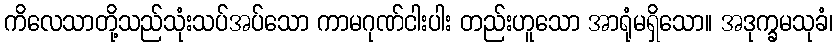
ကိလေသာတို့သည်သုံးသပ်အပ်သော ကာမဂုဏ်ငါးပါး တည်းဟူသော အာရုံမရှိသော။ အဒုက္ခမသုခံ၊